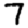
Digit: 7